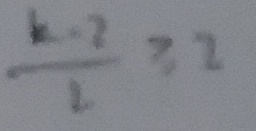
\frac { k - 2 } { 2 } \geq 2